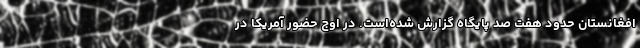
افغانستان حدود هفت صد پایگاه گزارش شده‌است. در اوج حضور آمریکا در